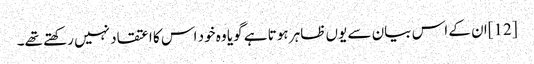
[12]ان کے اس بیان سے یوں ظاہر ہوتا ہے گویا وہ خود اس کا اعتقاد نہیں رکھتے تھے۔